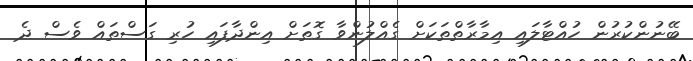
ބޭނުންކުރުން ހުއްޓާލައި އިމާރާތްތަކަށް ގެއްލުންވާ ގޮތަށް އިންދާފައި ހުރި ގަސްތައް ވެސް ދެ